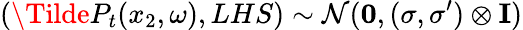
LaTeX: (\Tilde{P}_{t}(x_{2},\omega),LHS)\sim\mathcal{N}(\textbf{0},(\sigma,\sigma^{\prime})\otimes\textbf{I})